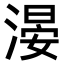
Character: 𣺂